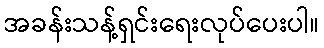
အခန်းသန့်ရှင်းရေးလုပ်ပေးပါ။